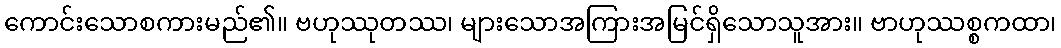
ကောင်းသောစကားမည်၏။ ဗဟုဿုတဿ၊ များသောအကြားအမြင်ရှိသောသူအား။ ဗာဟုဿစ္စကထာ၊